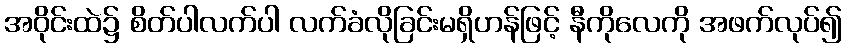
အဝိုင်းထဲ၌ စိတ်ပါလက်ပါ လက်ခံလိုခြင်းမရှိဟန်ဖြင့် နီကိုလေကို အဖက်လုပ်၍